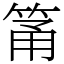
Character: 筩